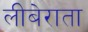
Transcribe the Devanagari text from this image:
लीबेराता